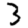
Digit: 3